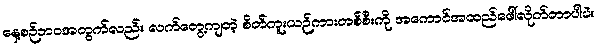
နေ့စဉ်ဘဝအတွက်လည်း လက်တွေ့ကျတဲ့ စိတ်ကူးယဉ်ကားတစ်စီးကို အကောင်အထည်ဖေါ်လိုက်တာပါပဲ။